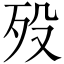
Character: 殁